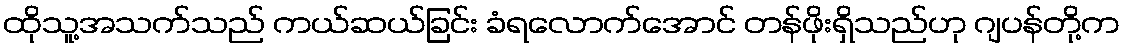
ထိုသူ့အသက်သည် ကယ်ဆယ်ခြင်း ခံရလောက်အောင် တန်ဖိုးရှိသည်ဟု ဂျပန်တို့က